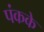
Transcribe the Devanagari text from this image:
पंकके